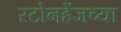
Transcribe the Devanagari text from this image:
स्टोनहेंजच्या